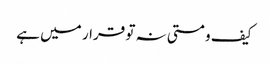
کیف و مستی نہ تو قرار میں ہے